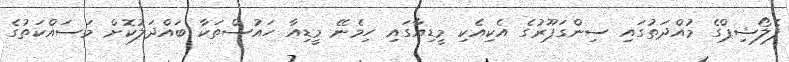
ފެލޯޝިޕްގެ މުއްދަތުގައި ސިންގަޕޫރުގެ އެކިއެކި މީޑިއާގައި ހިމެނޭ މީޑިއާ ހައުސްތަކާ ބައްދަލުކޮށް މަސައްކަތުގެ